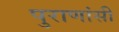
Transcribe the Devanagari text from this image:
पुराणांसी